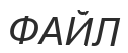
ФАЙЛ